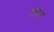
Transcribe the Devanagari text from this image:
टोरा।